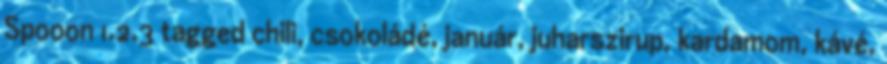
Spooon 1.2.3 tagged chili, csokoládé, január, juharszirup, kardamom, kávé,